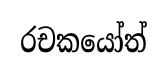
රචකයෝත්